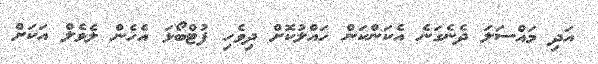
އަދި މައްސަލަ ދެނެގަނެ އެކަންކަން ހައްލުކޮށް ދިވެހި ފުޓްބޯޅަ އެހެން ލެވެލް އަކަށް